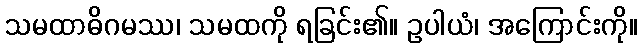
သမထာဓိဂမဿ၊ သမထကို ရခြင်း၏။ ဥပါယံ၊ အကြောင်းကို။